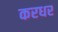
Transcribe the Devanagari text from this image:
करधर